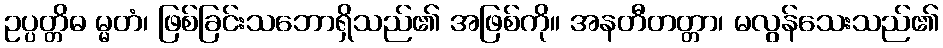
ဥပ္ပတ္တိဓ မ္မတံ၊ ဖြစ်ခြင်းသဘောရှိသည်၏ အဖြစ်ကို။ အနတီတတ္တာ၊ မလွန်သေးသည်၏